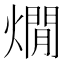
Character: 燗